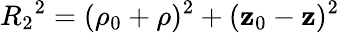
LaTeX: {R_{2}}^{2}=(\rho_{0}+\rho)^{2}+(\mathbf{z}_{0}-\mathbf{z})^{2}